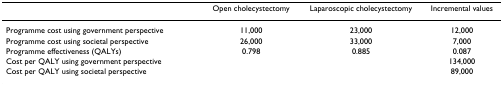
<table><thead><tr><td></td><td><b>Open cholecystectomy</b></td><td><b>Laparoscopic cholecystectomy</b></td><td><b>Incremental values</b></td></tr></thead><tbody><tr><td>Programme cost using government perspective</td><td>11,000</td><td>23,000</td><td>12,000</td></tr><tr><td>Programme cost using societal perspective</td><td>26,000</td><td>33,000</td><td>7,000</td></tr><tr><td>Programme effectiveness (QALYs)</td><td>0.798</td><td>0.885</td><td>0.087</td></tr><tr><td>Cost per QALY using government perspective</td><td></td><td></td><td>134,000</td></tr><tr><td>Cost per QALY using societal perspective</td><td></td><td></td><td>89,000</td></tr></tbody></table>